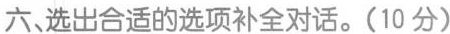
六、选出合适的选项补全对话.(10 分)